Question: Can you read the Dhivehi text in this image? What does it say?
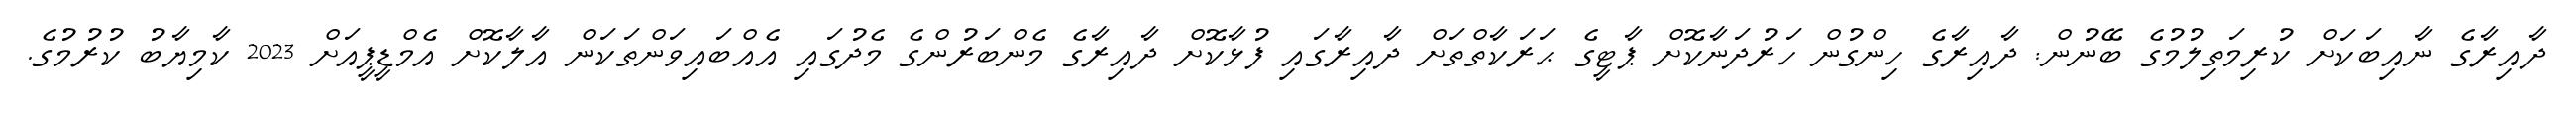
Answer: ދާއިރާގެ ނާއިބަކަށް ކުރިމަތިލުމުގެ ބޭނުން: ދާއިރާގެ ހިންގުން ހަރުދަނާކޮށް ޕާޓީގެ ޙަރަކާތްތަށް ދާއިރާގައި ފުޅާކޮށް ދާއިރާގެ މެންބަރުންގެ މެދުގައި އެއްބައިވަންތަކަން އާލާކޮށް އެމްޑީޕީއަށް 2023 ކާމިޔާބު ކުރުމުގެ.